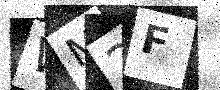
Text: WM2F